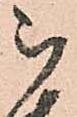
被